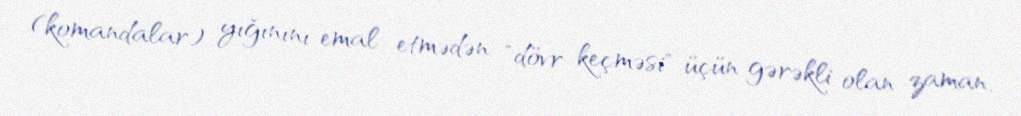
(komandalar) yığınını emal etmədən "dövr keçməsi" üçün gərəkli olan zaman.